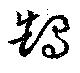
鵠